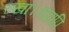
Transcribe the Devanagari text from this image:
रखा।यद्यपि